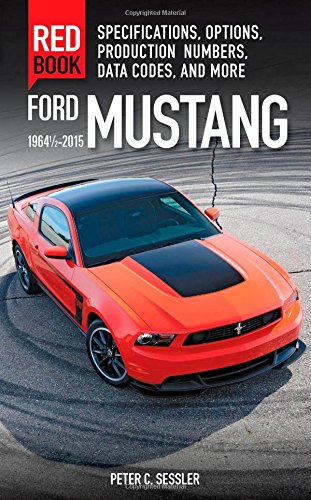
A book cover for Ford Mustang Red Book 1964 1/2-2015: Specifications, Options, Production Numbers, Data Codes, and More; Peter C. Sessler; Engineering & Transportation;